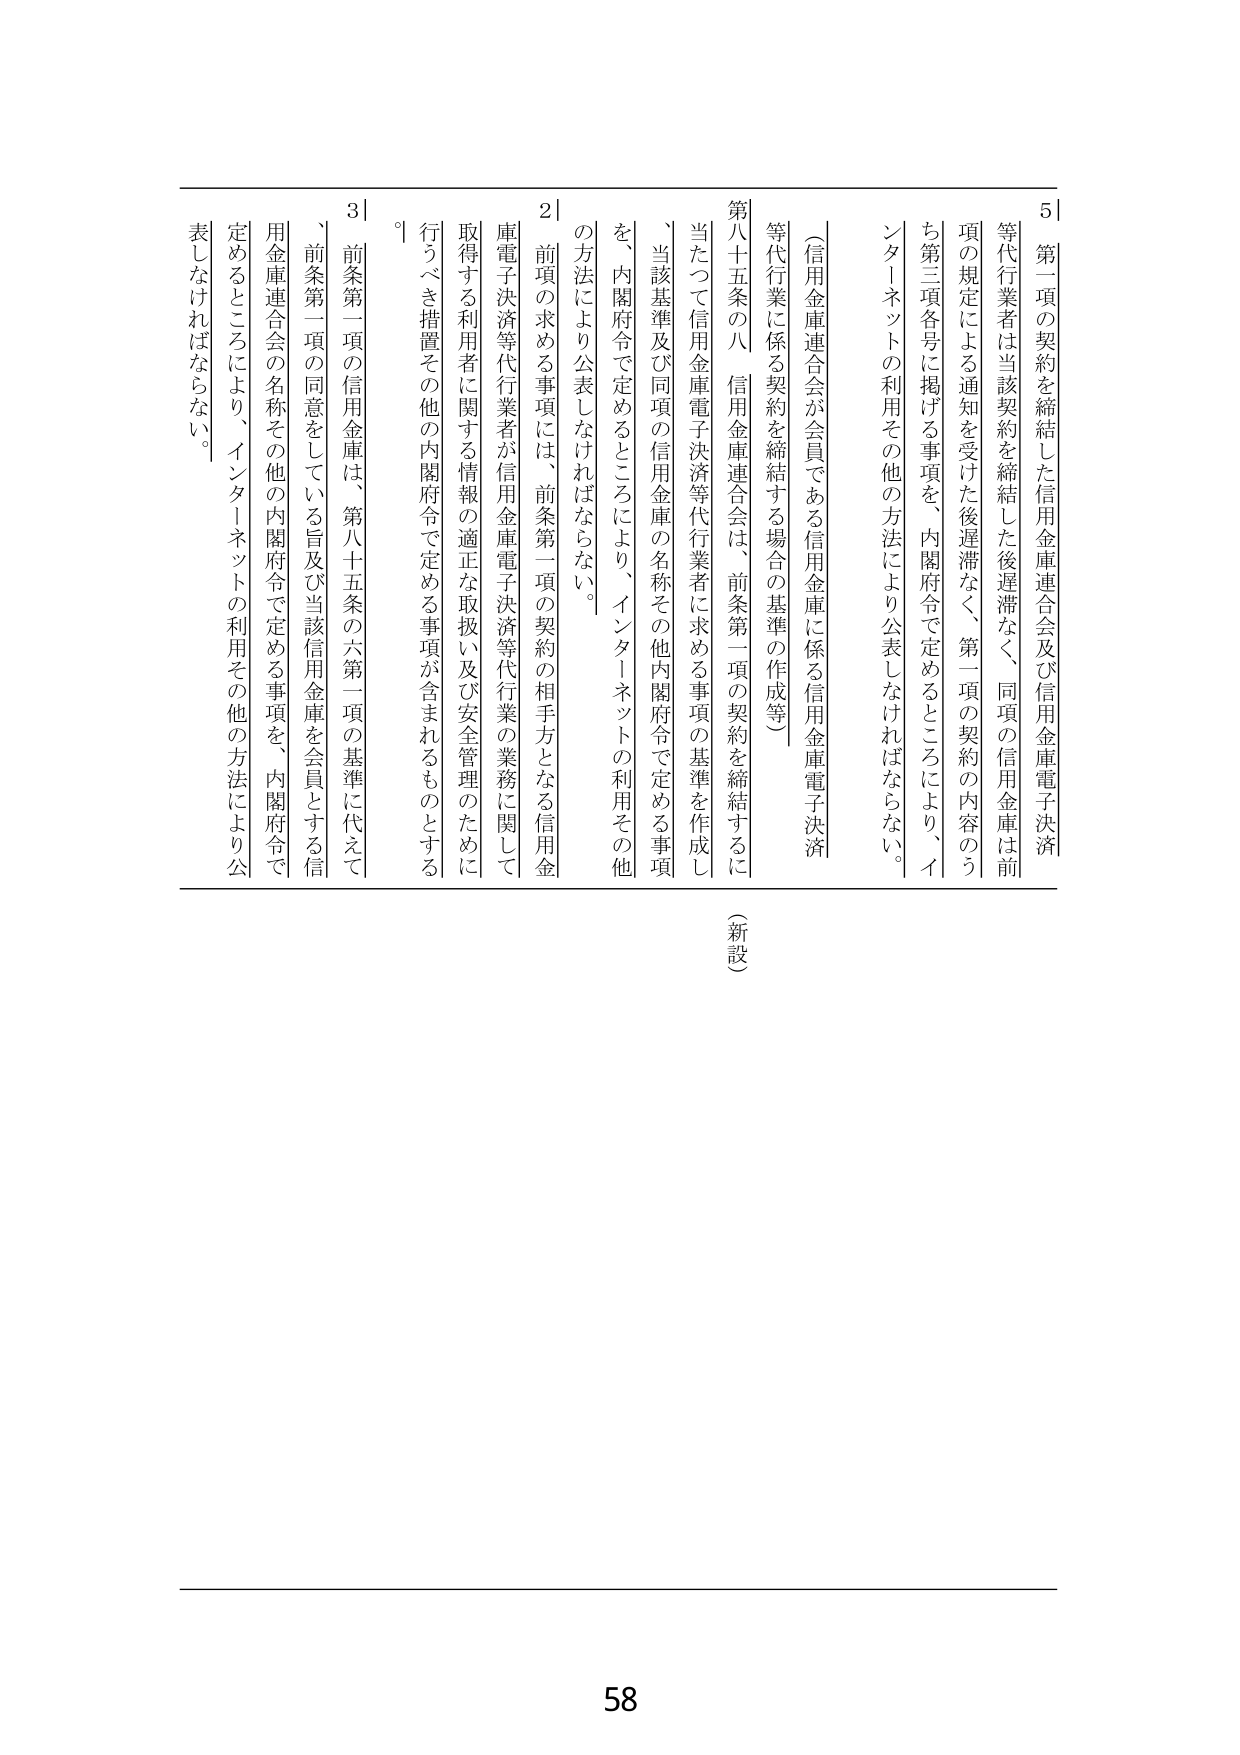
5|第一項の契約を締結した信用金庫連合会及び信用金庫電子決済等代行業者は当該契約を締結した後遅滞なく、同項の信用金庫は前項の規定による通知を受けた後遅滞なく、第一項の契約の内容のうち第三項各号に掲げる事項を、内閣府令で定めるところにより、インターネットの利用その他の方法により公表しなければならない。

（信用金庫連合会が会員である信用金庫に係る信用金庫電子決済等代行業に係る契約を締結する場合の基準の作成等）

第八十五条の八 信用金庫連合会は、前条第一項の契約を締結するに当たって信用金庫電子決済等代行業者に求める事項の基準を作成し、当該基準及び同項の信用金庫の名称その他内閣府令で定める事項を、内閣府令で定めるところにより、インターネットの利用その他の方法により公表しなければならない。

2|前項の求める事項には、前条第一項の契約の相手方となる信用金庫電子決済等代行業者が信用金庫電子決済等代行業の業務に関して取得する利用者に関する情報の適正な取扱い及び安全管理のために行うべき措置その他の内閣府令で定める事項が含まれるものとする。

3|前条第一項の信用金庫は、第八十五条の六第一項の基準に代えて、前条第一項の同意をしている旨及び当該信用金庫を会員とする信用金庫連合会の名称その他の内閣府令で定める事項を、内閣府令で定めるところにより、インターネットの利用その他の方法により公表しなければならない。

（新設）

58